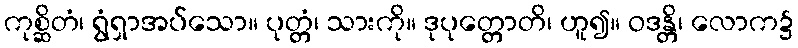
ကုစ္ဆိတံ၊ ရွံရှာအပ်သော။ ပုတ္တံ၊ သားကို။ ဒုပုတ္တောတိ၊ ဟူ၍။ ဝဒန္တိ၊ လောက၌